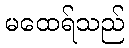
မထေရ်သည်